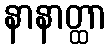
နာနာတ္ထာ